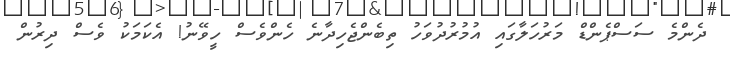
ދެންމެ ސަސްޕެންޑް މަރުހަލާގައި އުމުރުދުވަހު ތިބެންޖެހިދާނެ ހެންވެސް ހީވޭނު! އެކަމަކު ވެސް ދިރުން